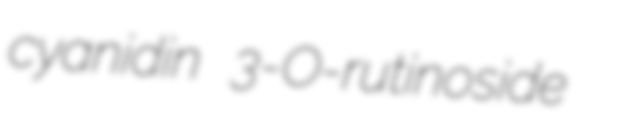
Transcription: cyanidin 3-O-rutinoside